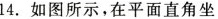
14.如图所示，在平面直角坐